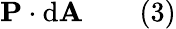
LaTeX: \mathbf{P}\cdot\mathrm{d}\mathbf{A}\qquad(3)